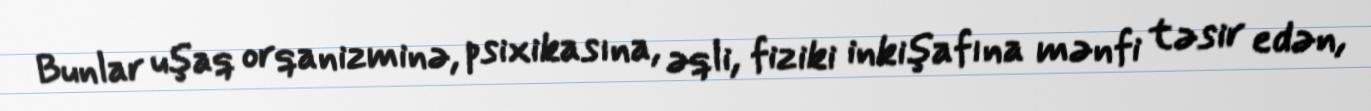
Bunlar uşaq orqanizminə, psixikasına, əqli, fiziki inkişafına mənfi təsir edən,